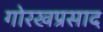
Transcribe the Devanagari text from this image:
गोरखप्रसाद